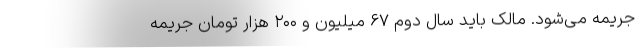
جریمه می‌شود. مالک باید سال دوم ۶۷ میلیون و ۲۰۰ هزار تومان جریمه